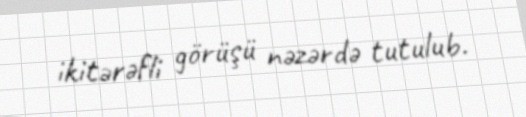
ikitərəfli görüşü nəzərdə tutulub.